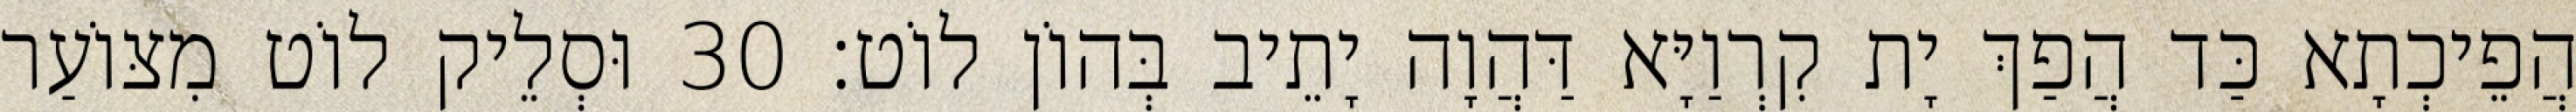
הֲפֵיכְתָא כַּד הֲפַךְ יָת קִרְוַיָּא דַּהֲוָה יָתֵיב בְּהוֹן לוֹט׃ 30 וּסְלֵיק לוֹט מִצּוֹעַר